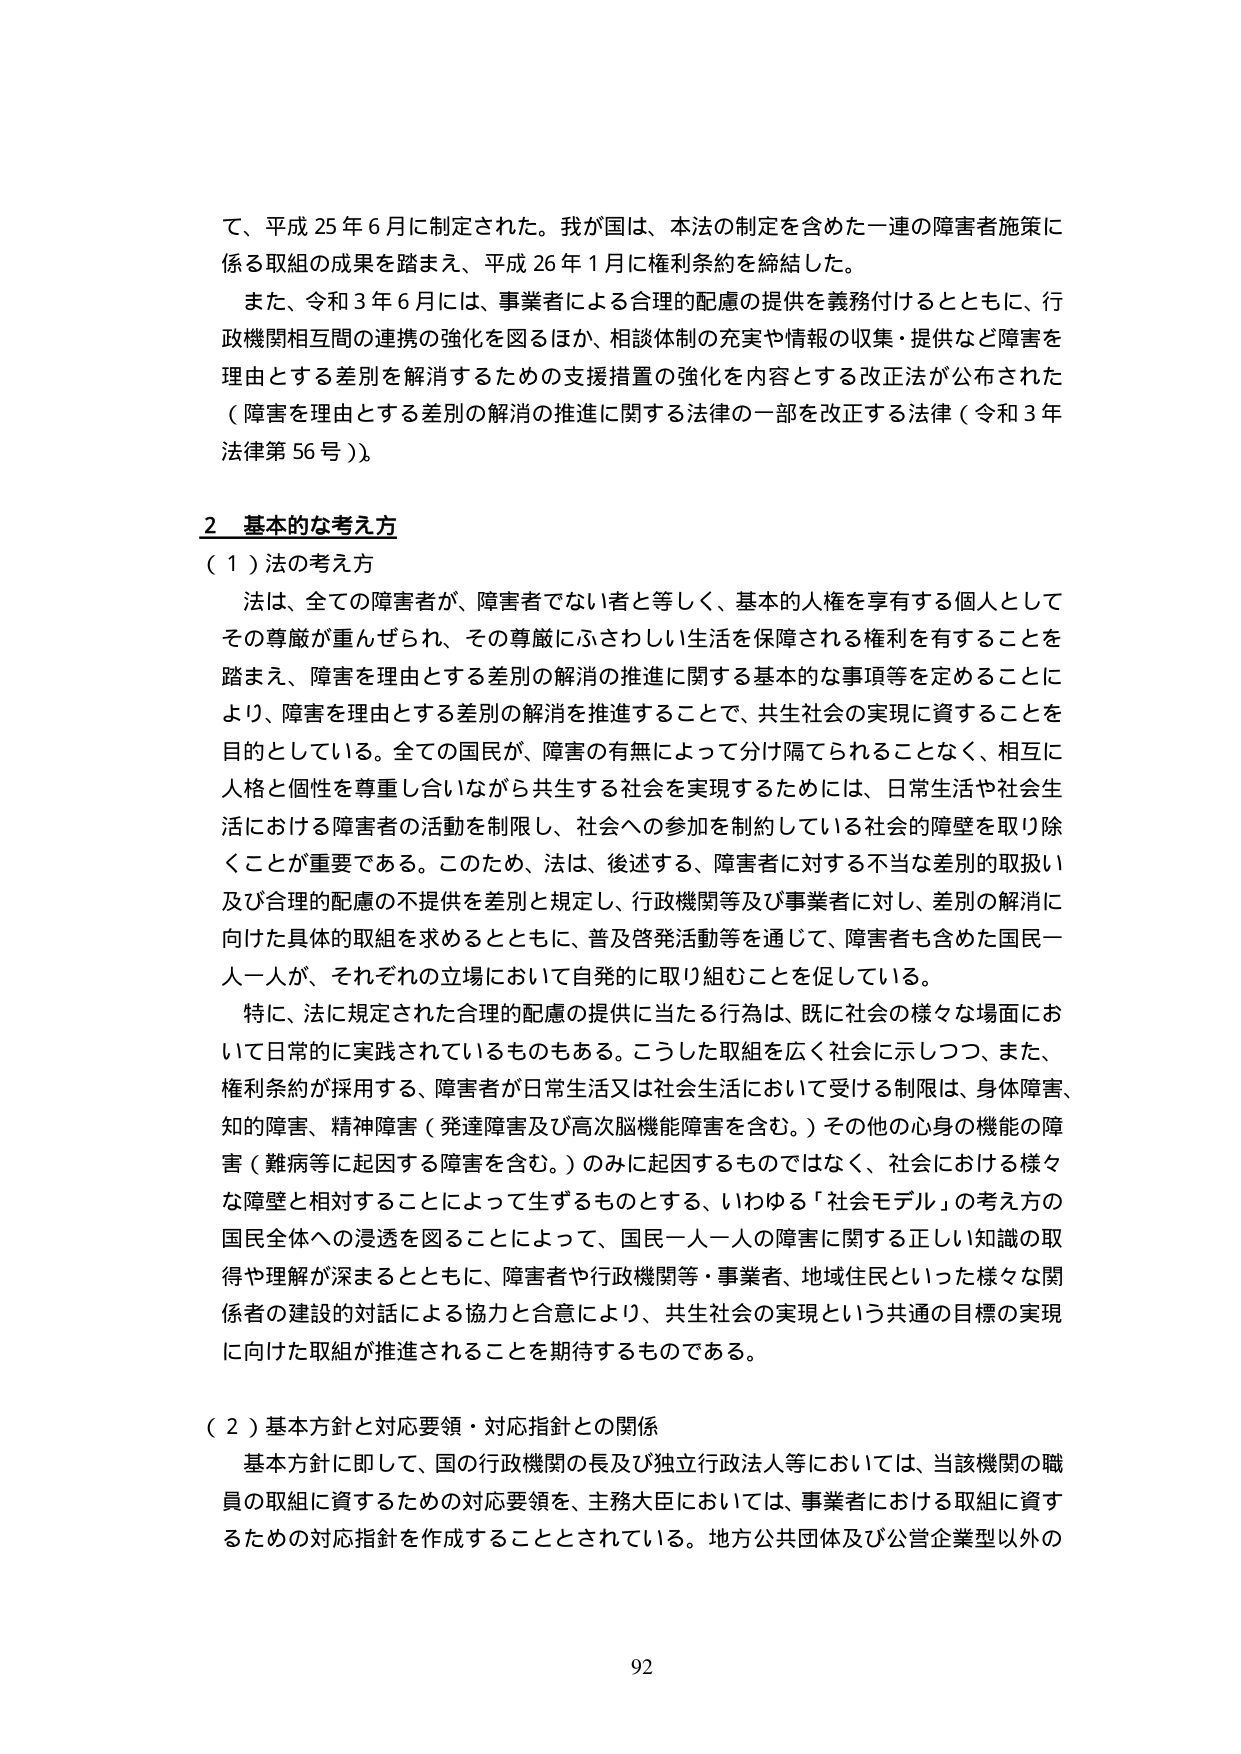
て、平成25年6月に制定された。我が国は、本法の制定を含めた一連の障害者施策に係る取組の成果を踏まえ、平成26年1月に権利条約を締結した。

また、令和3年6月には、事業者による合理的配慮の提供を義務付けるとともに、行政機関相互間の連携の強化を図るほか、相談体制の充実や情報の収集・提供など障害を理由とする差別を解消するための支援措置の強化を内容とする改正法が公布された（障害を理由とする差別の解消の推進に関する法律の一部を改正する法律（令和3年法律第56号））。

2 基本的な考え方

（1）法の考え方

法は、全ての障害者が、障害者でない者と等しく、基本的人権を享有する個人としてその尊厳が重んぜられ、その尊厳にふさわしい生活を保障される権利を有することを踏まえ、障害を理由とする差別の解消の推進に関する基本的な事項等を定めることにより、障害を理由とする差別の解消を推進することで、共生社会の実現に資することを目的としている。全ての国民が、障害の有無によって分け隔てられることなく、相互に人格と個性を尊重し合いながら共生する社会を実現するためには、日常生活や社会生活における障害者の活動を制限し、社会への参加を制約している社会的障壁を取り除くことが重要である。このため、法は、後述する、障害者に対する不当な差別の取扱い及び合理的配慮の不提供を差別と規定し、行政機関等及び事業者に対し、差別の解消に向けた具体的取組を求めるとともに、普及啓発活動等を通じて、障害者も含めた国民一人一人が、それぞれの立場において自発的に取り組むことを促している。

特に、法に規定された合理的配慮の提供に当たる行為は、既に社会の様々な場面において日常的に実践されているものもある。こうした取組を広く社会に示しつつ、また、権利条約が採用する、障害者が日常生活又は社会生活において受ける制限は、身体障害、知的障害、精神障害（発達障害及び高次脳機能障害を含む。）その他の心身の機能の障害（難病等に起因する障害を含む。）のみに起因するものではなく、社会における様々な障壁と相対することによって生ずるものとする、いわゆる「社会モデル」の考え方の国民全体への浸透を図ることによって、国民一人一人の障害に関する正しい知識の取得や理解が深まるとともに、障害者や行政機関等・事業者、地域住民といった様々な関係者の建設的対話による協力と合意により、共生社会の実現という共通の目標の実現に向けた取組が推進されることを期待するものである。

（2）基本方針と対応要領・対応指針との関係

基本方針に即して、国の行政機関の長及び独立行政法人等においては、当該機関の職員の取組に資するための対応要領を、主務大臣においては、事業者における取組に資するための対応指針を作成することとされている。地方公共団体及び公営企業型以外の

92